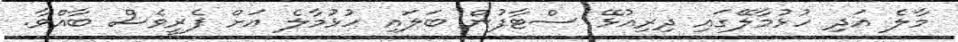
މާލެ އަދި ހުޅުމާލޭގައި ދިރިއުޅޭ ސްޓާފުން ބަލައި ހުޅުމާލެ އަށް ފެރީވެސް ބާއްވާ.